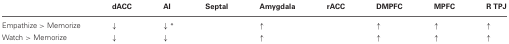
|  | dACC | AI | Septal | Amygdala | rACC | DMPFC | MPFC | R TPJ |
 | --- | --- | --- | --- | --- | --- | --- | --- | --- |
 | Empathize > Memorize | ↓ | ↓* |  | ↑ |  | ↑ | ↑ | ↑ |
 | Watch > Memorize | ↓ | ↓ |  | ↑ |  | ↑ | ↑ | ↑ |